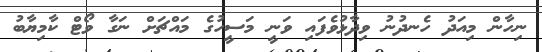
ނިހާން މިއަދު ހެނދުނު ވިދާޅުވެފައި ވަނީ މަސީހުގެ މައްޗަށް ނަގާ ވޯޓް ކާމިޔާބު